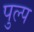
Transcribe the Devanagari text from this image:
पुल्प